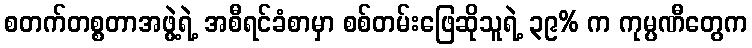
စတက်တစ္စတာအဖွဲ့ရဲ့ အစီရင်ခံစာမှာ စစ်တမ်းဖြေဆိုသူရဲ့ ၃၉% က ကုမ္ပဏီတွေက